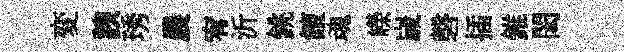
変諛琇農宥沂銚饘魂嶸𡻕磬插錐閎